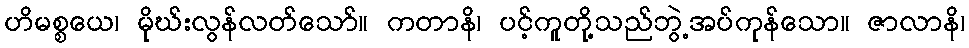
ဟိမစ္စယေ၊ မိုဃ်းလွန်လတ်သော်။ ကတာနိ၊ ပင့်ကူတို့သည်ဘွဲ့အပ်ကုန်သော။ ဇာလာနိ၊